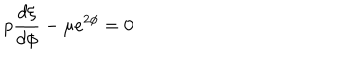
p \frac { d \xi } { d \phi } - \mu e ^ { 2 \phi } = 0